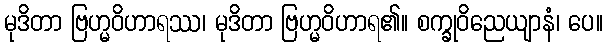
မုဒိတာ ဗြဟ္မဝိဟာရဿ၊ မုဒိတာ ဗြဟ္မဝိဟာရ၏။ စက္ခုဝိညေယျာနံ၊ ပေ။